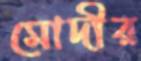
মোদীর